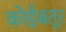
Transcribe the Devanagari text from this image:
कोईंबतूर